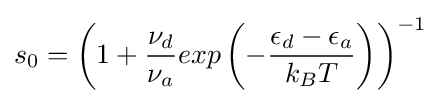
s_{0}=\left(1+{\frac {\nu _{d}}{\nu _{a}}}exp\left(-{\frac {\epsilon _{d}-\epsilon _{a}}{k_{B}T}}\right)\right)^{-1}